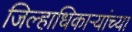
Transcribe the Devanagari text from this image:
जिल्हाधिकाऱ्यांच्या